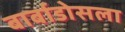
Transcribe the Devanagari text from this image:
बार्बाडोसला